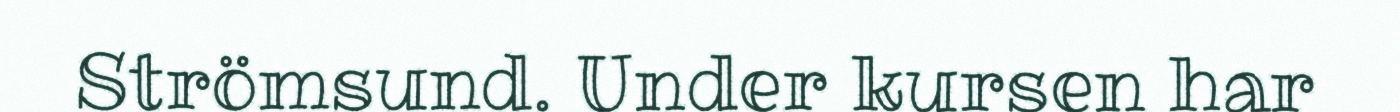
Strömsund. Under kursen har